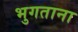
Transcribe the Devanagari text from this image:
भुगताना